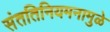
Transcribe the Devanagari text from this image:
संततिनियमनामुळे